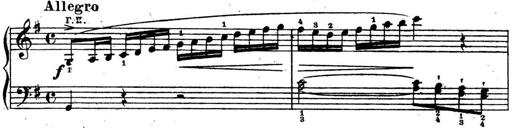
Title: 10 Sonatinas
Composer: Fritz Spindler